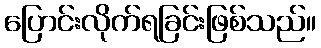
ပြောင်းလိုက်ရခြင်းဖြစ်သည်။